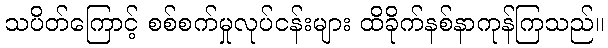
သပိတ်ကြောင့် စစ်စက်မှုလုပ်ငန်းများ ထိခိုက်နစ်နာကုန်ကြသည်။